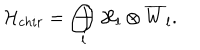
{ \cal H } _ { c h i r } = \bigoplus _ { l } { \cal H } _ { l } \otimes \overline { { { W } } } _ { l } .